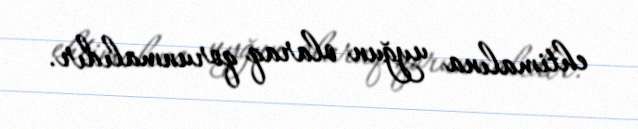
ehtimalına uyğun olaraq qorunmalıdır.